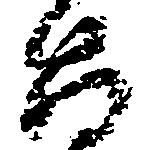
大